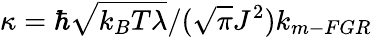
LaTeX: \kappa=\hbar\sqrt{k_{B}T\lambda}/(\sqrt{\pi}J^{2})k_{m-FGR}